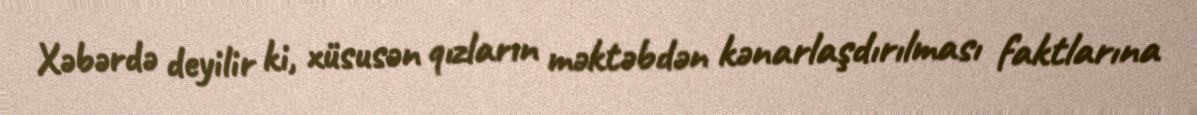
Xəbərdə deyilir ki, xüsusən qızların məktəbdən kənarlaşdırılması faktlarına